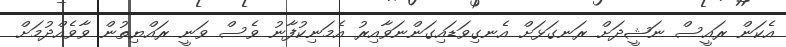
އެކަން ރައީސް ނަޝީދަށް ރަނގަޅަށް އެނގިވަޑައިގަންނަވާއިރު އެމަނިކުފާނު ވެސް ވަނީ ރައްޔިތުން ވާވެއްދުމަށް